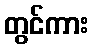
တွင်ကား